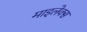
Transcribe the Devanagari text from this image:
माइलेक्स